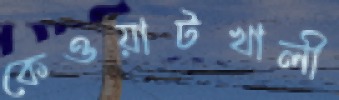
কেওয়াটখালী